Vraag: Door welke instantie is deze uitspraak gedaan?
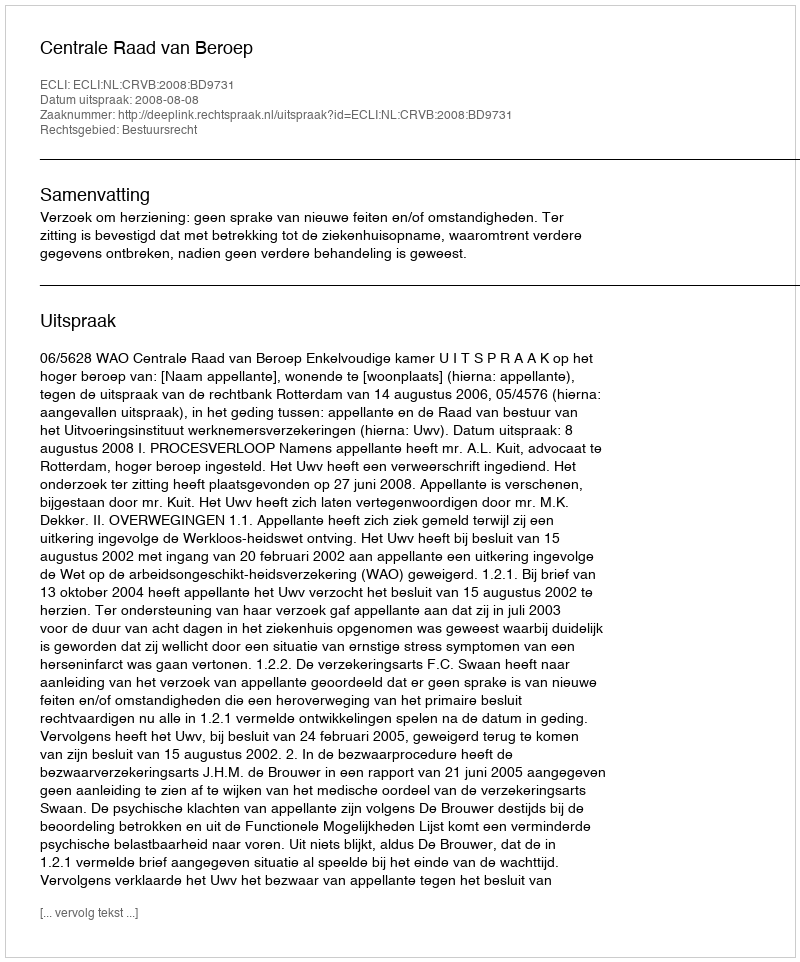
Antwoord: Centrale Raad van Beroep